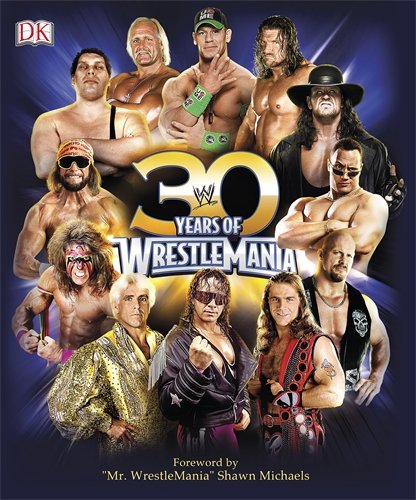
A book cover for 30 Years of WrestleMania; Brian Shields; Humor & Entertainment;